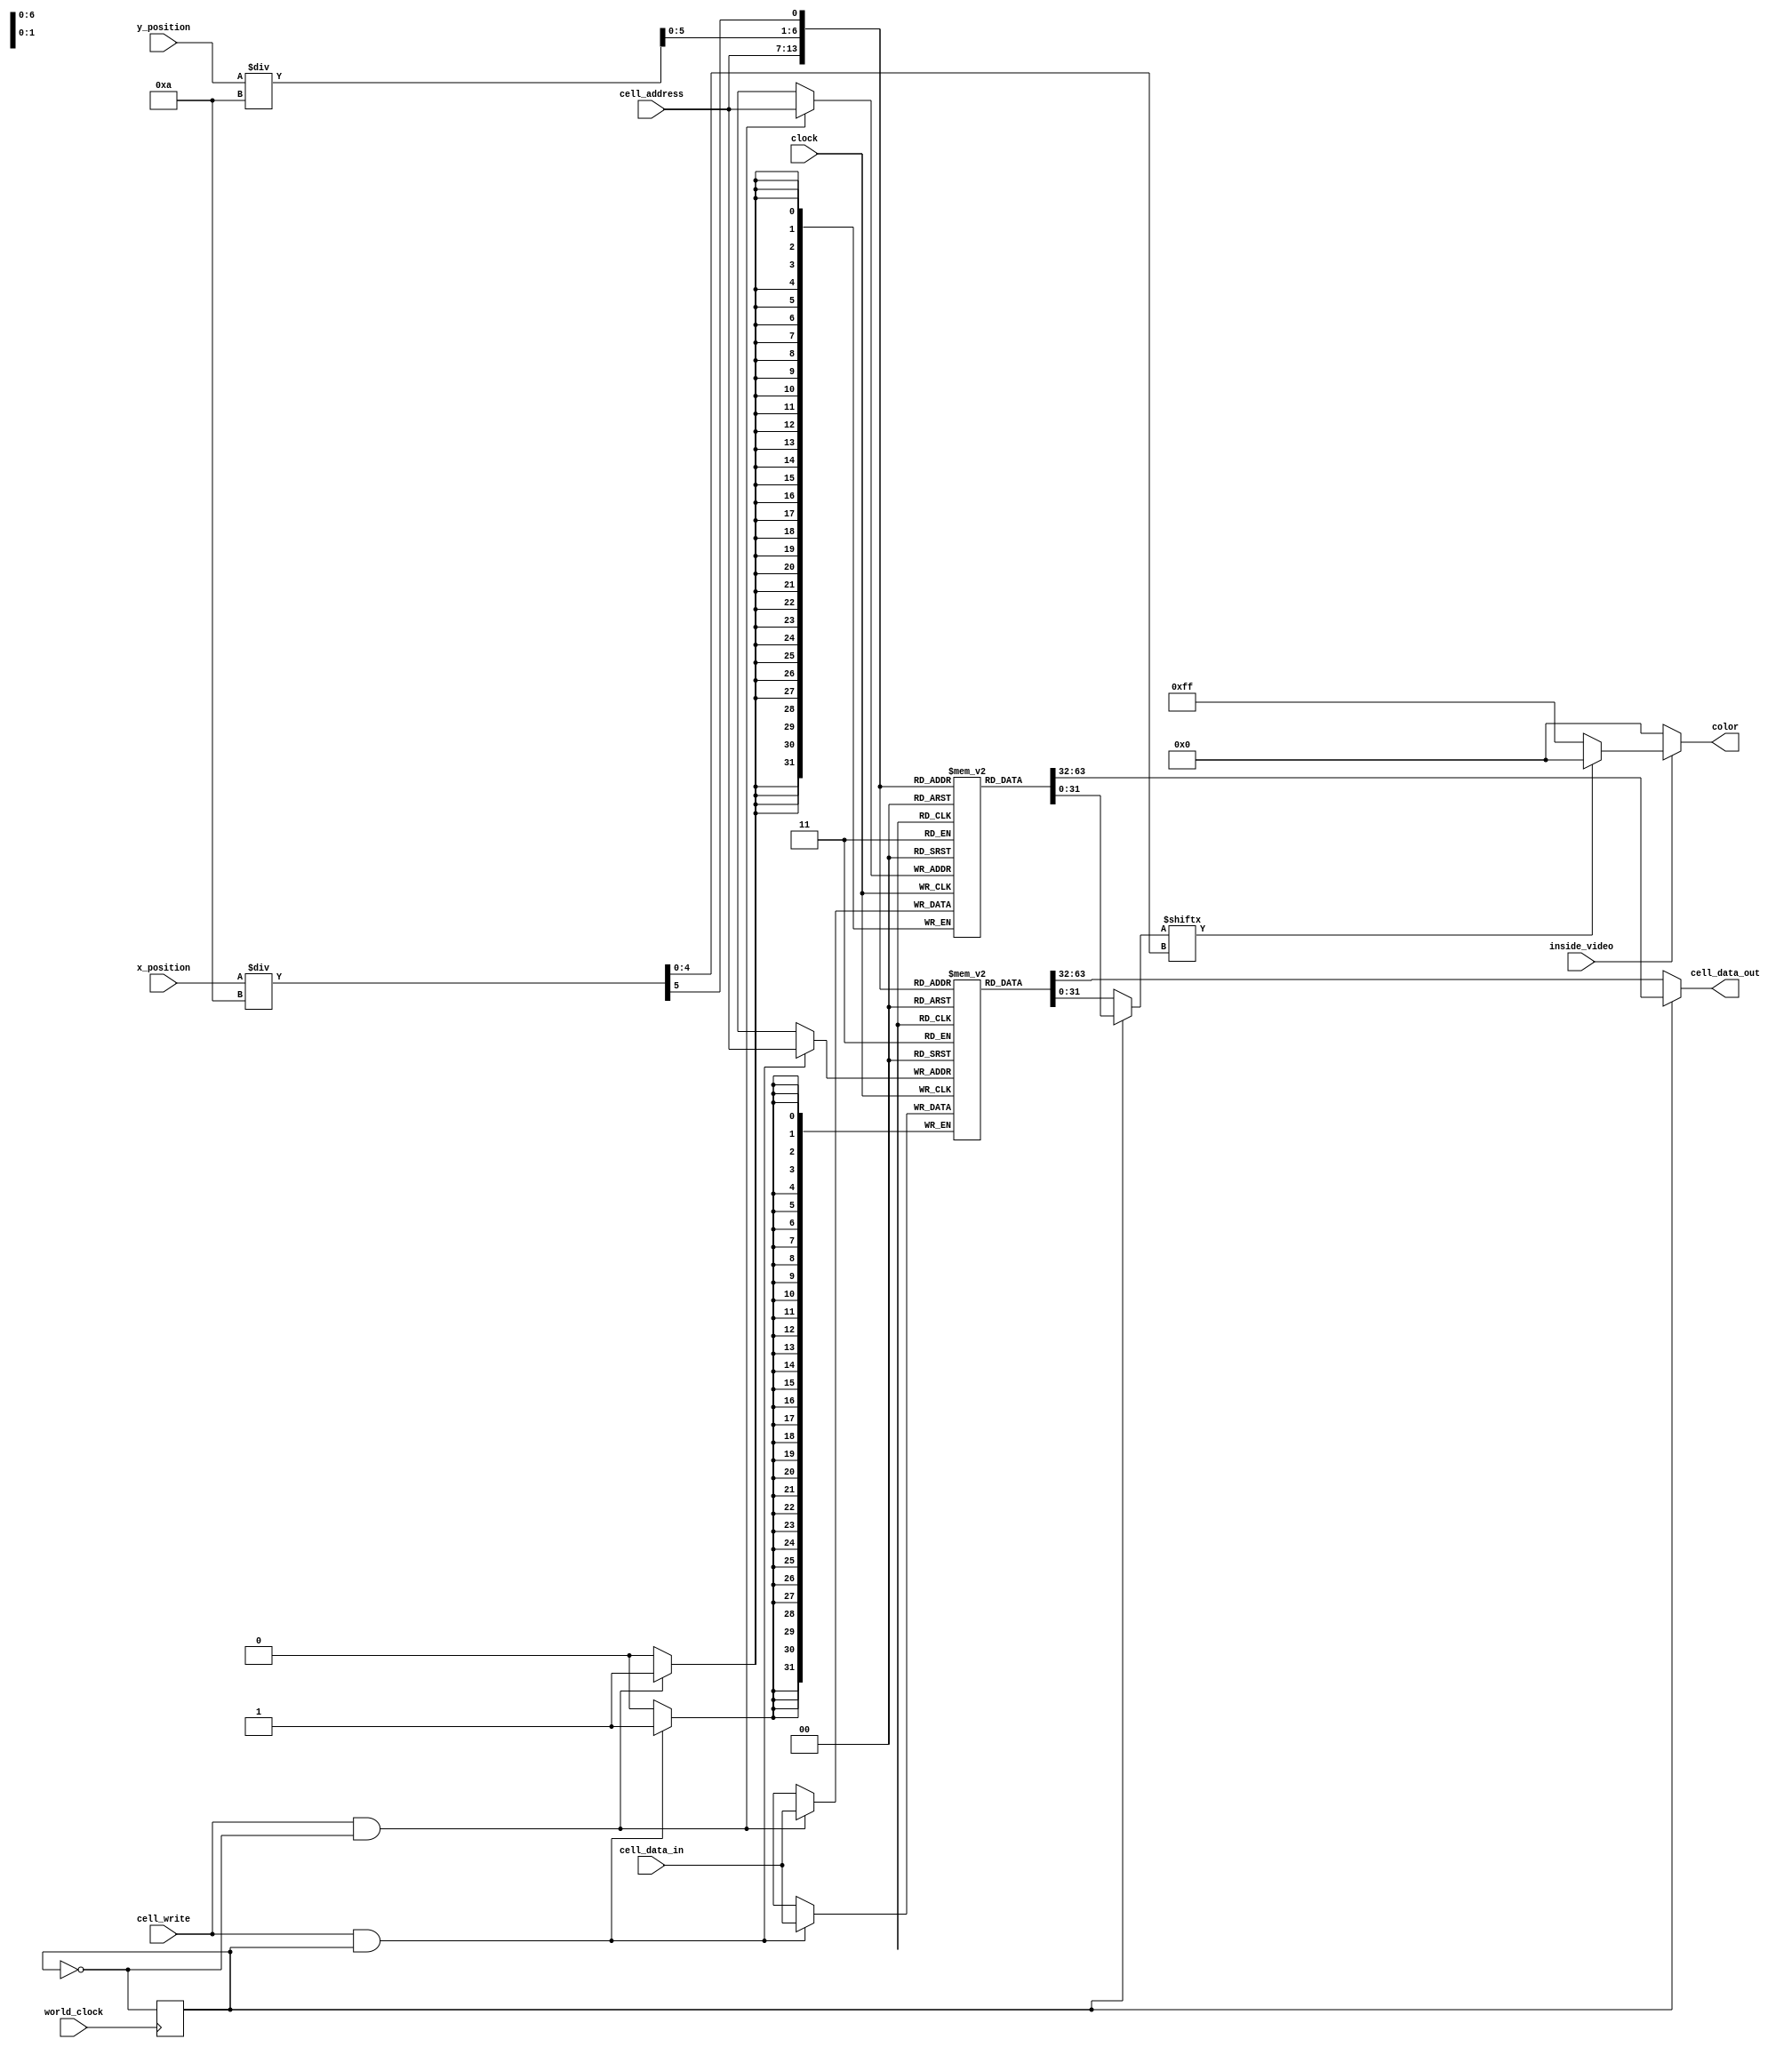
`timescale 1ns / 1ps

module life_game_dev_io(
		input clock,
		input cell_write,
		input [6:0] cell_address,
		input [31:0] cell_data_in,
		input world_clock,
		input [9:0] x_position,
		input [8:0] y_position,
		input inside_video,
		output [31:0] cell_data_out,
		output [7:0] color
	);

	parameter COLOR_POINTER = 8'b110_110_10;
	parameter COLOR_EMPTY = 8'b111_111_11;
	parameter COLOR_BLACK = 8'b000_000_00;

	reg [31:0] world_0 [0:48 * 2 - 1];	// {6'bY, 1'bX}, Write one word at a time.
	reg [31:0] world_1 [0:48 * 2 - 1];
	reg world_index = 0;

	wire [5:0] x_address;
	wire [5:0] y_address;
	wire [31:0] vga_block;
	wire vga_cell;

	wire [7:0] color_life;
	wire [7:0] color_empty;
	wire [7:0] color_cell;
	wire [7:0] color_cell_circlized;

	initial begin
		world_0[2][25] = 1;
		world_0[4][23] = 1;	world_0[4][25] = 1;
		world_0[6][14:13] = 2'b11;	world_0[6][22:21] = 2'b11;	world_0[7][4:3] = 2'b11;
		world_0[8][12] = 1;	world_0[8][16] = 1;	world_0[8][22:21] = 2'b11;	world_0[9][4:3] = 2'b11;
		world_0[10][2:1] = 2'b11;	world_0[10][11] = 1;	world_0[10][17] = 1; world_0[10][22:21] = 2'b11;
		world_0[12][2:1] = 2'b11;	world_0[12][11] = 1;	world_0[12][15] = 1;	world_0[12][18:17] = 2'b11; world_0[12][23] = 1; world_0[12][25] = 1;
		world_0[14][11] = 1;	world_0[14][17] = 1; world_0[14][25] = 1;
		world_0[16][12] = 1;	world_0[16][16] = 1;
		world_0[18][14:13] = 2'b11;
	end

	assign cell_data_out = world_index ? world_1[cell_address] : world_0[cell_address];

	// Write to the next frame
	always @(posedge clock) begin
		if (cell_write && world_index) begin
			world_0[cell_address] <= cell_data_in;
		end
	end
	always @(posedge clock) begin
		if (cell_write && !world_index) begin
			world_1[cell_address] <= cell_data_in;
		end
	end

	assign x_address = x_position / 10;
	assign y_address = y_position / 10;
	assign vga_block = world_index ? world_1[{y_address, x_address[5]}] : world_0[{y_address, x_address[5]}];
	assign vga_cell = vga_block[x_address[4:0]];
	assign color = inside_video ? (vga_cell ? COLOR_BLACK : COLOR_EMPTY) : 8'b0;

	always @(posedge world_clock) begin
		world_index <= !world_index;
	end
endmodule